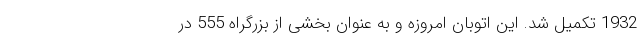
1932 تکمیل شد. این اتوبان امروزه و به عنوان بخشی از بزرگراه 555 در